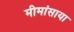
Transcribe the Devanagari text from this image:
मीमांसाया